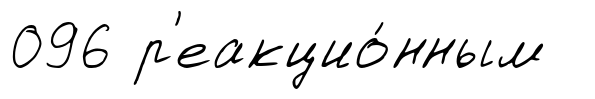
096 р'еакцио́нным